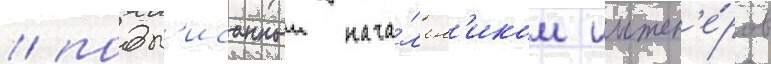
/ подп'исанныи нача́льн'иком инжен'е́ров